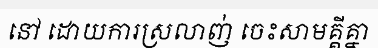
នៅ ដោយការស្រលាញ់ ចេះសាមគ្គីគ្នា